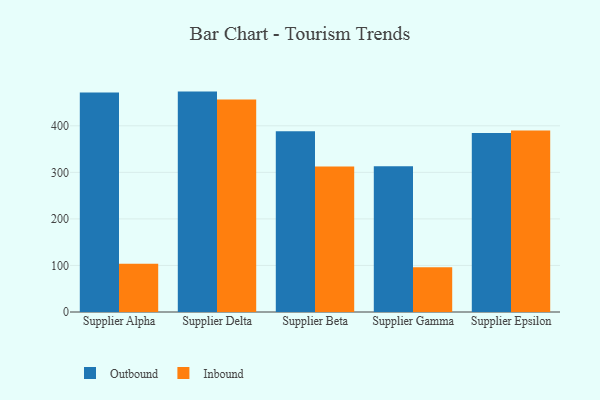
{"axis": {"x": "Supplier", "y": "Revenue (USD Million)"}, "legend": ["Inbound", "Outbound"], "data": [{"x": "Supplier Alpha", "y": 471.3, "type": "Outbound"}, {"x": "Supplier Alpha", "y": 103.4, "type": "Inbound"}, {"x": "Supplier Delta", "y": 473.5, "type": "Outbound"}, {"x": "Supplier Delta", "y": 456.7, "type": "Inbound"}, {"x": "Supplier Beta", "y": 388.3, "type": "Outbound"}, {"x": "Supplier Beta", "y": 312.4, "type": "Inbound"}, {"x": "Supplier Gamma", "y": 313.3, "type": "Outbound"}, {"x": "Supplier Gamma", "y": 96.4, "type": "Inbound"}, {"x": "Supplier Epsilon", "y": 384.6, "type": "Outbound"}, {"x": "Supplier Epsilon", "y": 389.9, "type": "Inbound"}]}